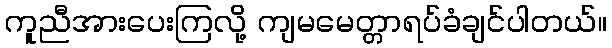
ကူညီအားပေးကြလို့ ကျမမေတ္တာရပ်ခံချင်ပါတယ်။